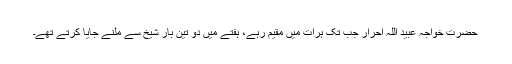
حضرت خواجہ عبید اللہ احرار جب تک ہرات میں مقیم رہے، ہفتے میں دو تین بار شیخ سے ملنے جایا کرتے تھے۔